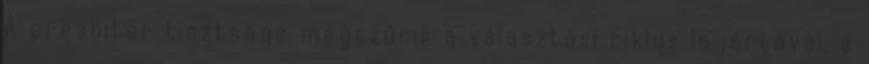
A presbiter tisztsége megszűnik a választási ciklus lejártával, a